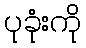
ပုခုံးကို